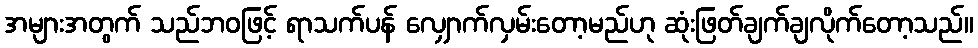
အများအတွက် သည်ဘဝဖြင့် ရာသက်ပန် လျှောက်လှမ်းတော့မည်ဟု ဆုံးဖြတ်ချက်ချလိုက်တော့သည်။